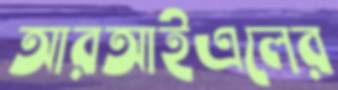
আরআইএলের